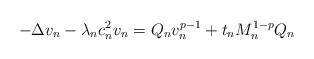
LaTeX: \begin{align*}-\Delta v_n - \lambda_n c_n^2 v_n = Q_n v_n^{p-1} + t_n M_n^{1-p} Q_n\end{align*}